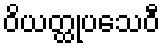
ဝိယတ္ထုပသေဝီ